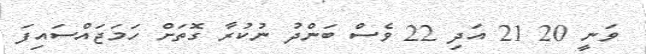
ވަނީ 20 21 އަދި 22 ވެސް ބަންދު ނުކުރާ ގޮތަށް ހަމަޖައްސައިފަ